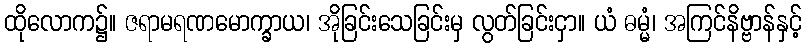
ထိုလောက၌။ ဇရာမရဏမောက္ခာယ၊ အိုခြင်းသေခြင်းမှ လွတ်ခြင်းငှာ။ ယံ ဓမ္မံ၊ အကြင်နိဗ္ဗာန်နှင့်